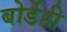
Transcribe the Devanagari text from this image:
बोर्डेही